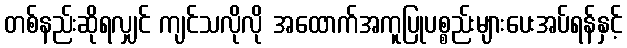
တစ်နည်းဆိုရလျှင် ကျင်သလိုလို အထောက်အကူပြုပစ္စည်းများပေးအပ်ရန်နှင့်